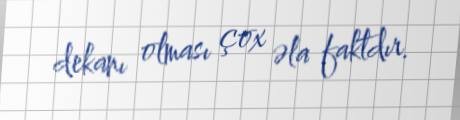
dekanı olması çox əla faktdır.